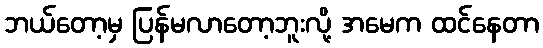
ဘယ်တော့မှ ပြန်မလာတော့ဘူးလို့ အမေက ထင်နေတာ